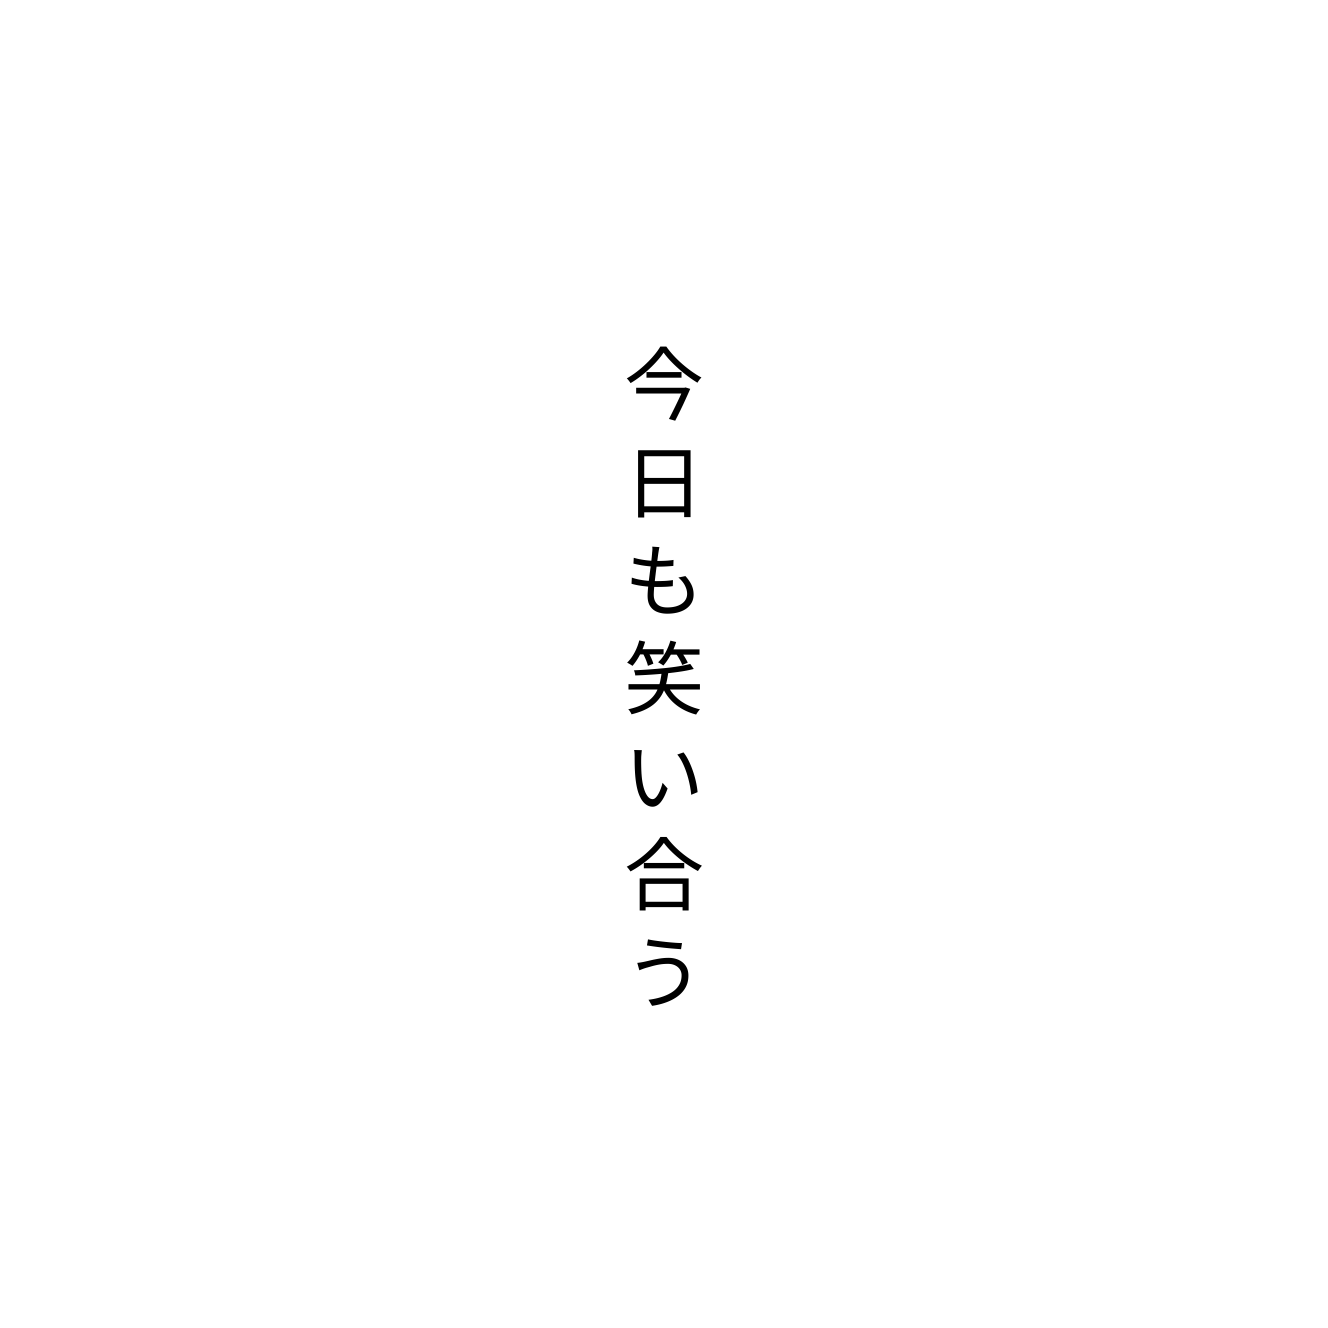
今日も笑い合う